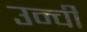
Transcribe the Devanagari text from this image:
उन्ची